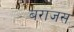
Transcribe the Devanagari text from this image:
बराजस